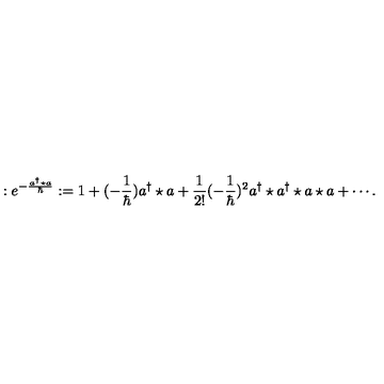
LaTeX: : e ^ { - \frac { a ^ { \dagger } \star a } { \hbar } } : = 1 + ( - \frac { 1 } { \hbar } ) a ^ { \dagger } \star a + \frac { 1 } { 2 ! } ( - \frac { 1 } { \hbar } ) ^ { 2 } a ^ { \dagger } \star a ^ { \dagger } \star a \star a + \cdots .